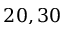
2 0 , 3 0